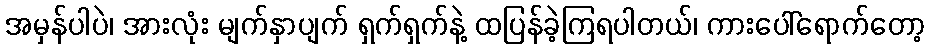
အမှန်ပါပဲ၊ အားလုံး မျက်နှာပျက် ရှက်ရှက်နဲ့ ထပြန်ခဲ့ကြရပါတယ်၊ ကားပေါ်ရောက်တော့